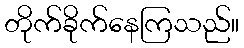
တိုက်ခိုက်နေကြသည်။